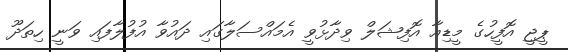
ޕީޖީ އޮފީހުގެ މީޑިއާ އޮފިޝަލް ވިދާޅުވީ އެމައްސަލާގައި ދައުވާ އުފުލާފައި ވަނީ ހިތަދޫ